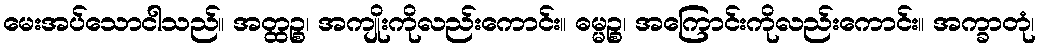
မေးအပ်သောငါသည်။ အတ္ထဉ္စ၊ အကျိုးကိုလည်းကောင်း။ ဓမ္မဉ္စ၊ အကြောင်းကိုလည်းကောင်း။ အက္ခာတုံ၊